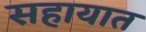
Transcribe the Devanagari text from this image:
सहायात